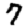
Digit: 7